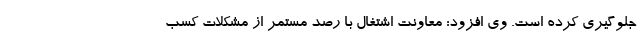
جلوگیری کرده است. وی افزود: معاونت اشتغال با رصد مستمر از مشکلات کسب